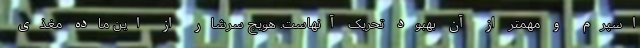
اسپرم و مهمتر از آن بهبود تحریک آنهاست. هویج سرشار از این ماده مغذی